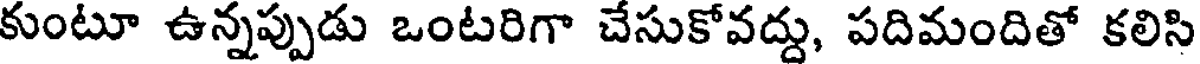
కుంటూ ఉన్నప్పుడు ఒంటరిగా చేసుకోవద్దు, పదిమందితో కలిసి